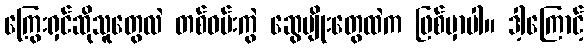
ကြွေးရှင်ဆိုသူတွေလဲ တစ်ဝမ်းကွဲ ဆွေမျိုးတွေထဲက ဖြစ်မှာပါ။ ဒါ့ကြောင့်